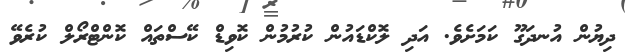
ދިޔުން އުނދަގޫ ކަމަށެވެ. އަދި ލޮކްޑައުން ކުރުމުން ކޮވިޑް ކޭސްތައް ކޮންޓްރޯލް ކުރެވޭ